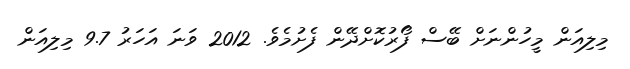
މިލިއަން މީހުންނަށް ބޭސް ފޯރުކޮށްދޭން ފެށުމެވެ. 2012 ވަނަ އަހަރު 9.7 މިލިއަން